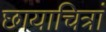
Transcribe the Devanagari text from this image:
छायाचित्रां